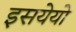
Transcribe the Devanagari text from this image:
इसयेयो